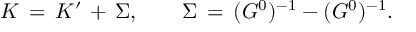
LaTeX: K \, = \, K ^ { \prime } \, + \, \Sigma , \qquad \Sigma \, = \, ( G ^ { 0 } ) ^ { - 1 } - ( G ^ { 0 } ) ^ { - 1 } .